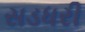
સડધરી